Report on the metropolitan horse fairs and district horse shows of 1892-93 - 1892-1893
Year: 1892
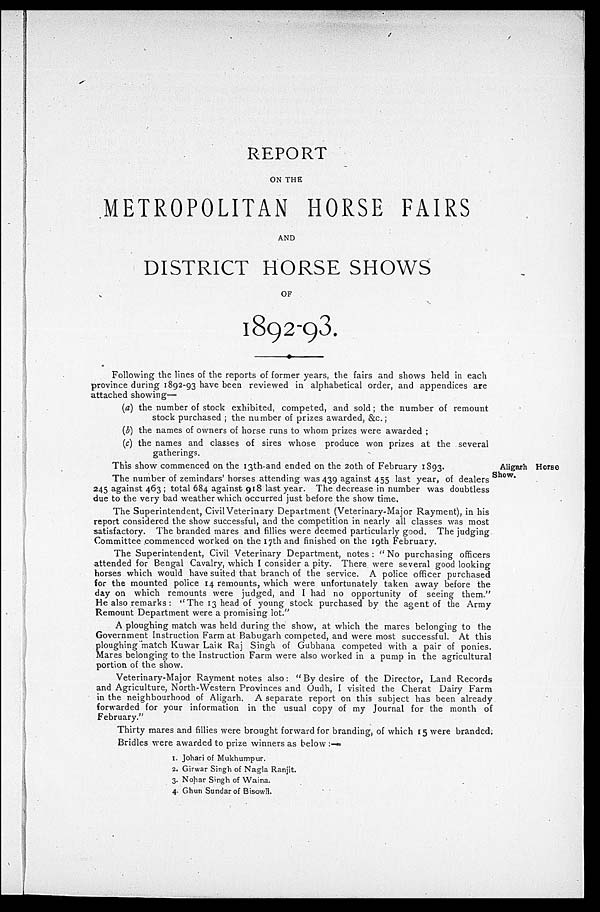
REPORT
ON THE
METROPOLITAN HORSE FAIRS
AND
DISTRICT HORSE SHOWS
OF
1892-93.
Following the lines of the reports of former years, the fairs and shows held in each
province during 1892-93 have been reviewed in alphabetical order, and appendices are
attached showing—
(a) the number of stock exhibited, competed, and sold; the number of remount
stock purchased ; the number of prizes awarded, &c.;
(b) the names of owners of horse runs to whom prizes were awarded;
(c) the names and classes of sires whose produce won prizes at the several
gatherings.
Aligarh Horse
Show.
This show commenced on the 13th-and ended on the 20th of February 1893.
The number of zemindars' horses attending was 439 against 455 last year, of dealers
245 against 463; total 684 against 918 last year. The decrease in number was doubtless
due to the very bad weather which occurred just before the show time.
The Superintendent, Civil Veterinary Department (Veterinary-Major Rayment), in his
report considered the show successful, and the competition in nearly all classes was most
satisfactory. The branded mares and fillies were deemed particularly good. The judging
Committee commenced worked on the 17th and finished on the 19th February.
The Superintendent, Civil Veterinary Department, notes : " No purchasing officers
attended for Bengal Cavalry, which I consider a pity. There were several good looking
horses which would have suited that branch of the service. A police officer purchased
for the mounted police 14 remounts, which were unfortunately taken away before the
day on which remounts were judged, and I had no opportunity of seeing them."
He also remarks: "The 13 head of young stock purchased by the agent of the Army
Remount Department were a promising lot. "
A ploughing match was held during the show, at which the mares belonging to the
Government Instruction Farm at Babugarh competed, and were most successful. At this
ploughing match Kuwar Laik Raj Singh of Gubhana competed with a pair of ponies.
Mares belonging to the Instruction Farm were also worked in a pump in the agricultural
portion of the show.
Veterinary-Major Rayment notes also: " By desire of the Director, Land Records
and Agriculture, North-Western Provinces and Oudh, I visited the Cherat Dairy Farm
in the neighbourhood of Aligarh. A separate report on this subject has been already
forwarded for your information in the usual copy of my Journal for the month of
February."
Thirty mares and fillies were brought forward for branding, of which 15 were branded,
Bridles were awarded to prize winners as below:—
1. Johari of Mukhumpur.
2. Girwar Singh of Nagla Ranjit.
3. Nohar Singh of Waina.
4. Ghun Sundar of Bisowli.